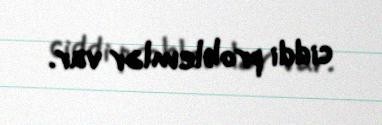
ciddi problemlər var.